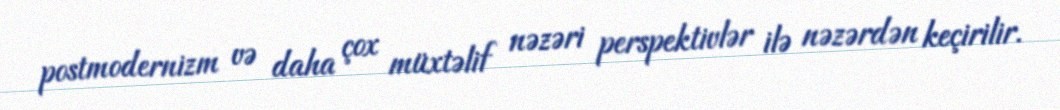
postmodernizm və daha çox müxtəlif nəzəri perspektivlər ilə nəzərdən keçirilir.